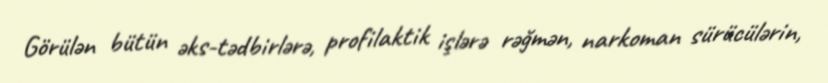
Görülən bütün əks-tədbirlərə, profilaktik işlərə rəğmən, narkoman sürücülərin,